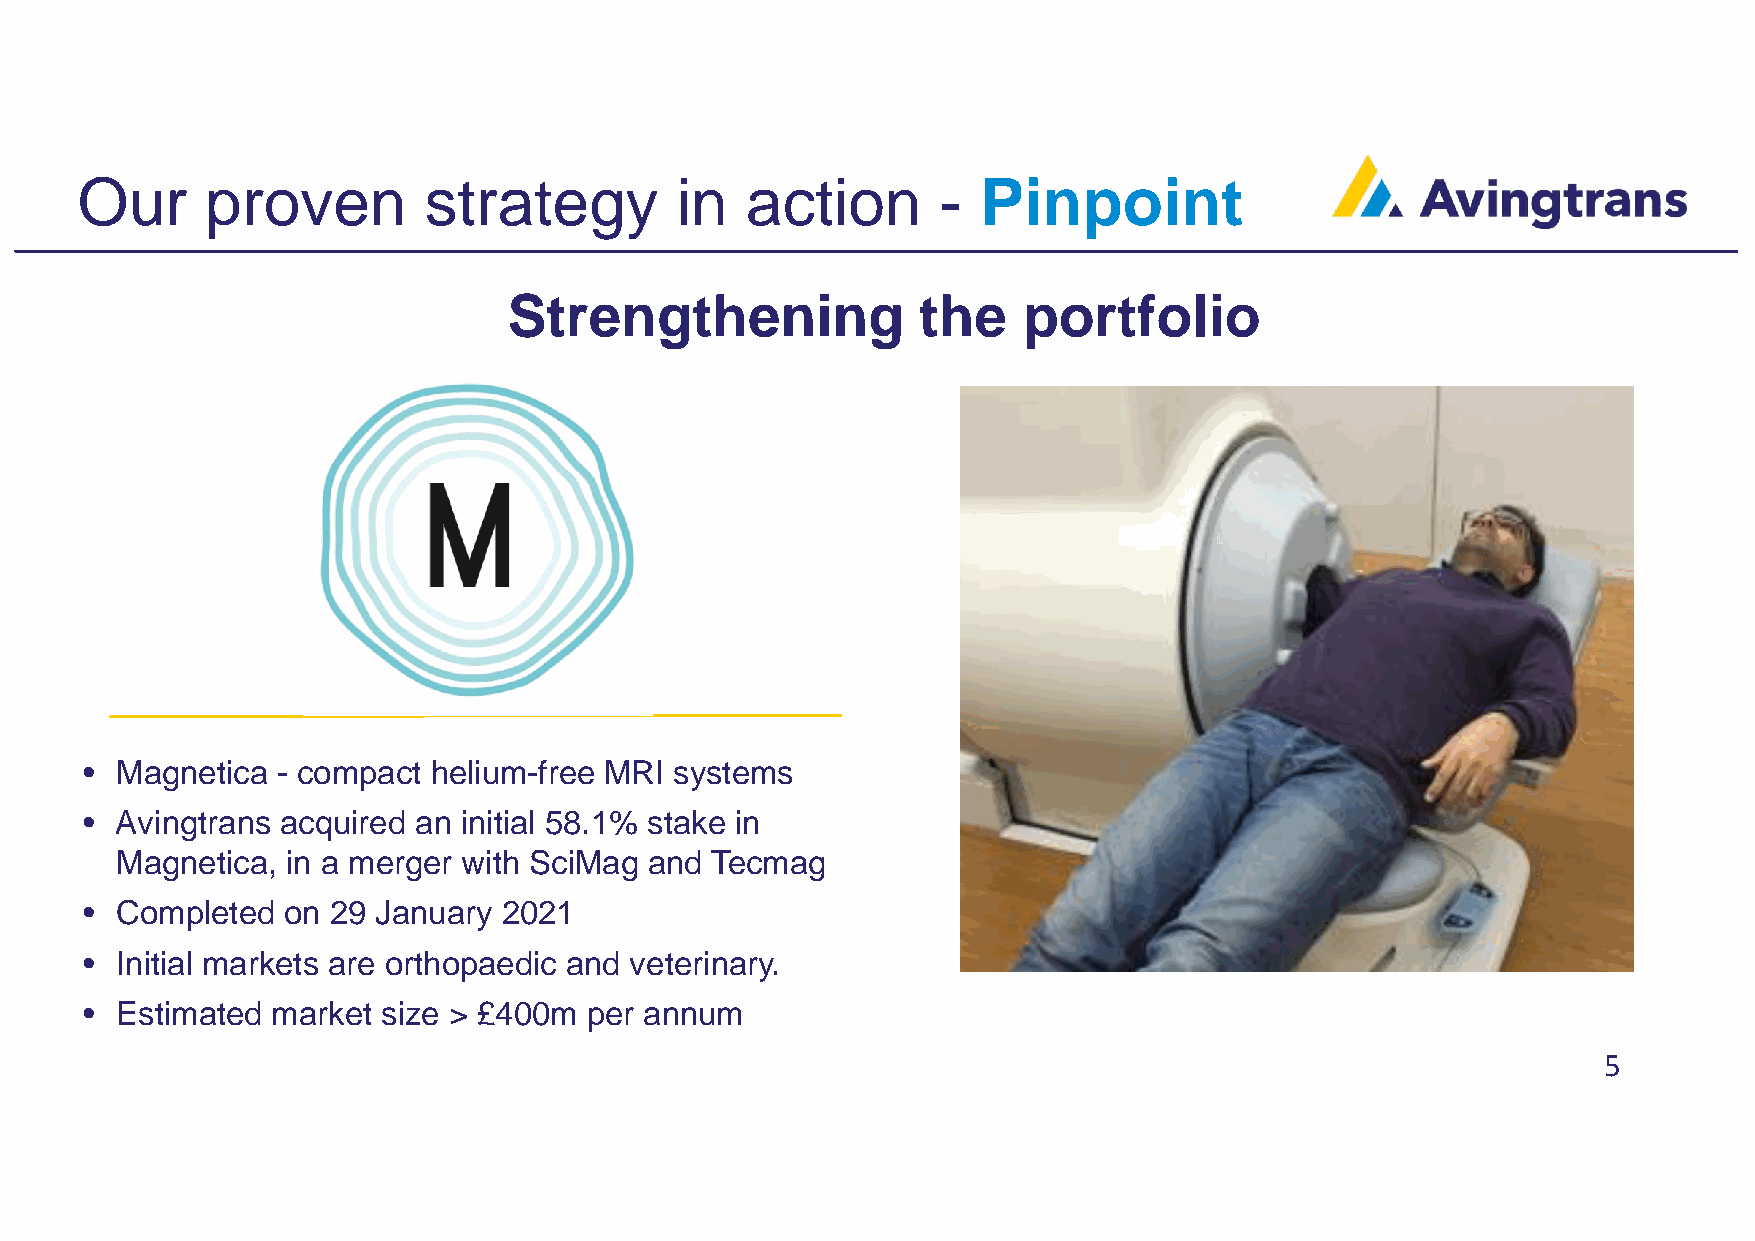
Our      proven        strategy         in  action       -  Pinpoint
 Strengthening              the    portfolio
 •  Magnetica - compact helium-free MRI  systems
 •  Avingtrans acquired an initial 58.1% stake in
 Magnetica, in a merger with SciMag and Tecmag
 •  Completed  on 29 January 2021
 •  Initial markets are orthopaedic and veterinary.
 •  Estimated market size > £400m  per annum
 5